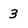
Character: 3